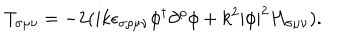
T _ { \sigma \mu \nu } = - 2 ( i k \epsilon _ { \sigma \rho \mu \nu } \phi ^ { \dagger } \partial ^ { \rho } \phi + k ^ { 2 } | \phi | ^ { 2 } H _ { \sigma \mu \nu } ) .